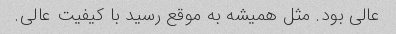
عالی بود. مثل همیشه به موقع رسید با کیفیت عالی.